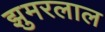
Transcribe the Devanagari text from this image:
झुमरलाल